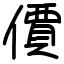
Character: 價